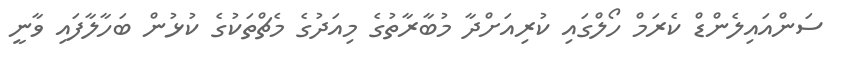
ސަންއައިލެންޑް ކެރަމް ހޯލްގައި ކުރިއަށްދާ މުބާރާތުގެ މިއަދުގެ މެޗްތަކުގެ ކުޅުން ބަހާލާފައި ވާނީ